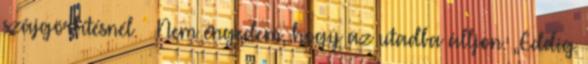
szájgörbítésnél. – Nem engedem, hogy az utadba álljon. „Eddig